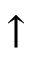
\uparrow